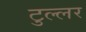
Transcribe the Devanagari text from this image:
टुल्लर